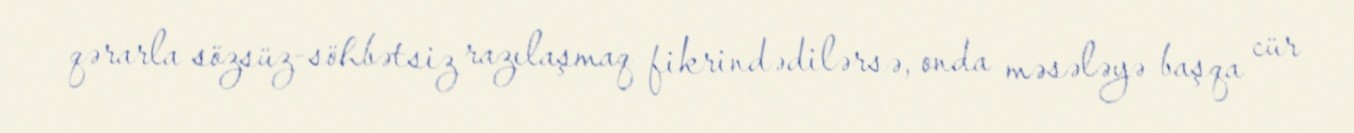
qərarla sözsüz-söhbətsiz razılaşmaq fikrindədilərsə, onda məsələyə başqa cür